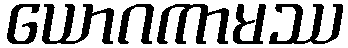
ယောဂကာမဿ